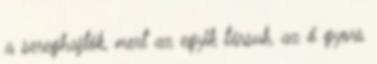
a sereghajtók, mert az egyik társuk, az ő gyors